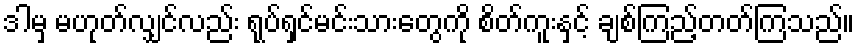
ဒါမှ မဟုတ်လျှင်လည်း ရုပ်ရှင်မင်းသားတွေကို စိတ်ကူးနှင့် ချစ်ကြည့်တတ်ကြသည်။